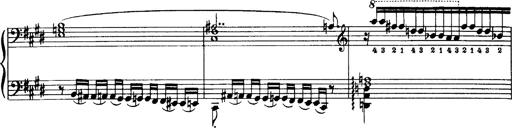
Title: OuvertÃ¼re zu TannhÃ¤user
Composer: Franz Liszt